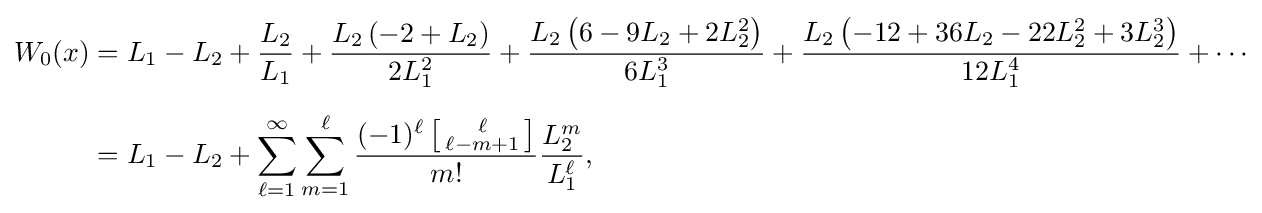
{\begin{aligned}W_{0}(x)&=L_{1}-L_{2}+{\frac {L_{2}}{L_{1}}}+{\frac {L_{2}\left(-2+L_{2}\right)}{2L_{1}^{2}}}+{\frac {L_{2}\left(6-9L_{2}+2L_{2}^{2}\right)}{6L_{1}^{3}}}+{\frac {L_{2}\left(-12+36L_{2}-22L_{2}^{2}+3L_{2}^{3}\right)}{12L_{1}^{4}}}+\cdots \\[5pt]&=L_{1}-L_{2}+\sum _{\ell =1}^{\infty }\sum _{m=1}^{\ell }{\frac {(-1)^{\ell }\left[{\begin{smallmatrix}\ell \\\ell -m+1\end{smallmatrix}}\right]}{m!}}{\frac {L_{2}^{m}}{L_{1}^{\ell }}},\end{aligned}}